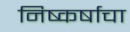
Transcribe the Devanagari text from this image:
निष्कर्षाचा